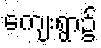
ကျေးရွာ၌